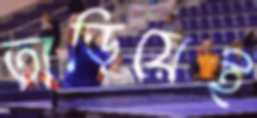
তাড়িয়েই